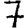
Digit: 7